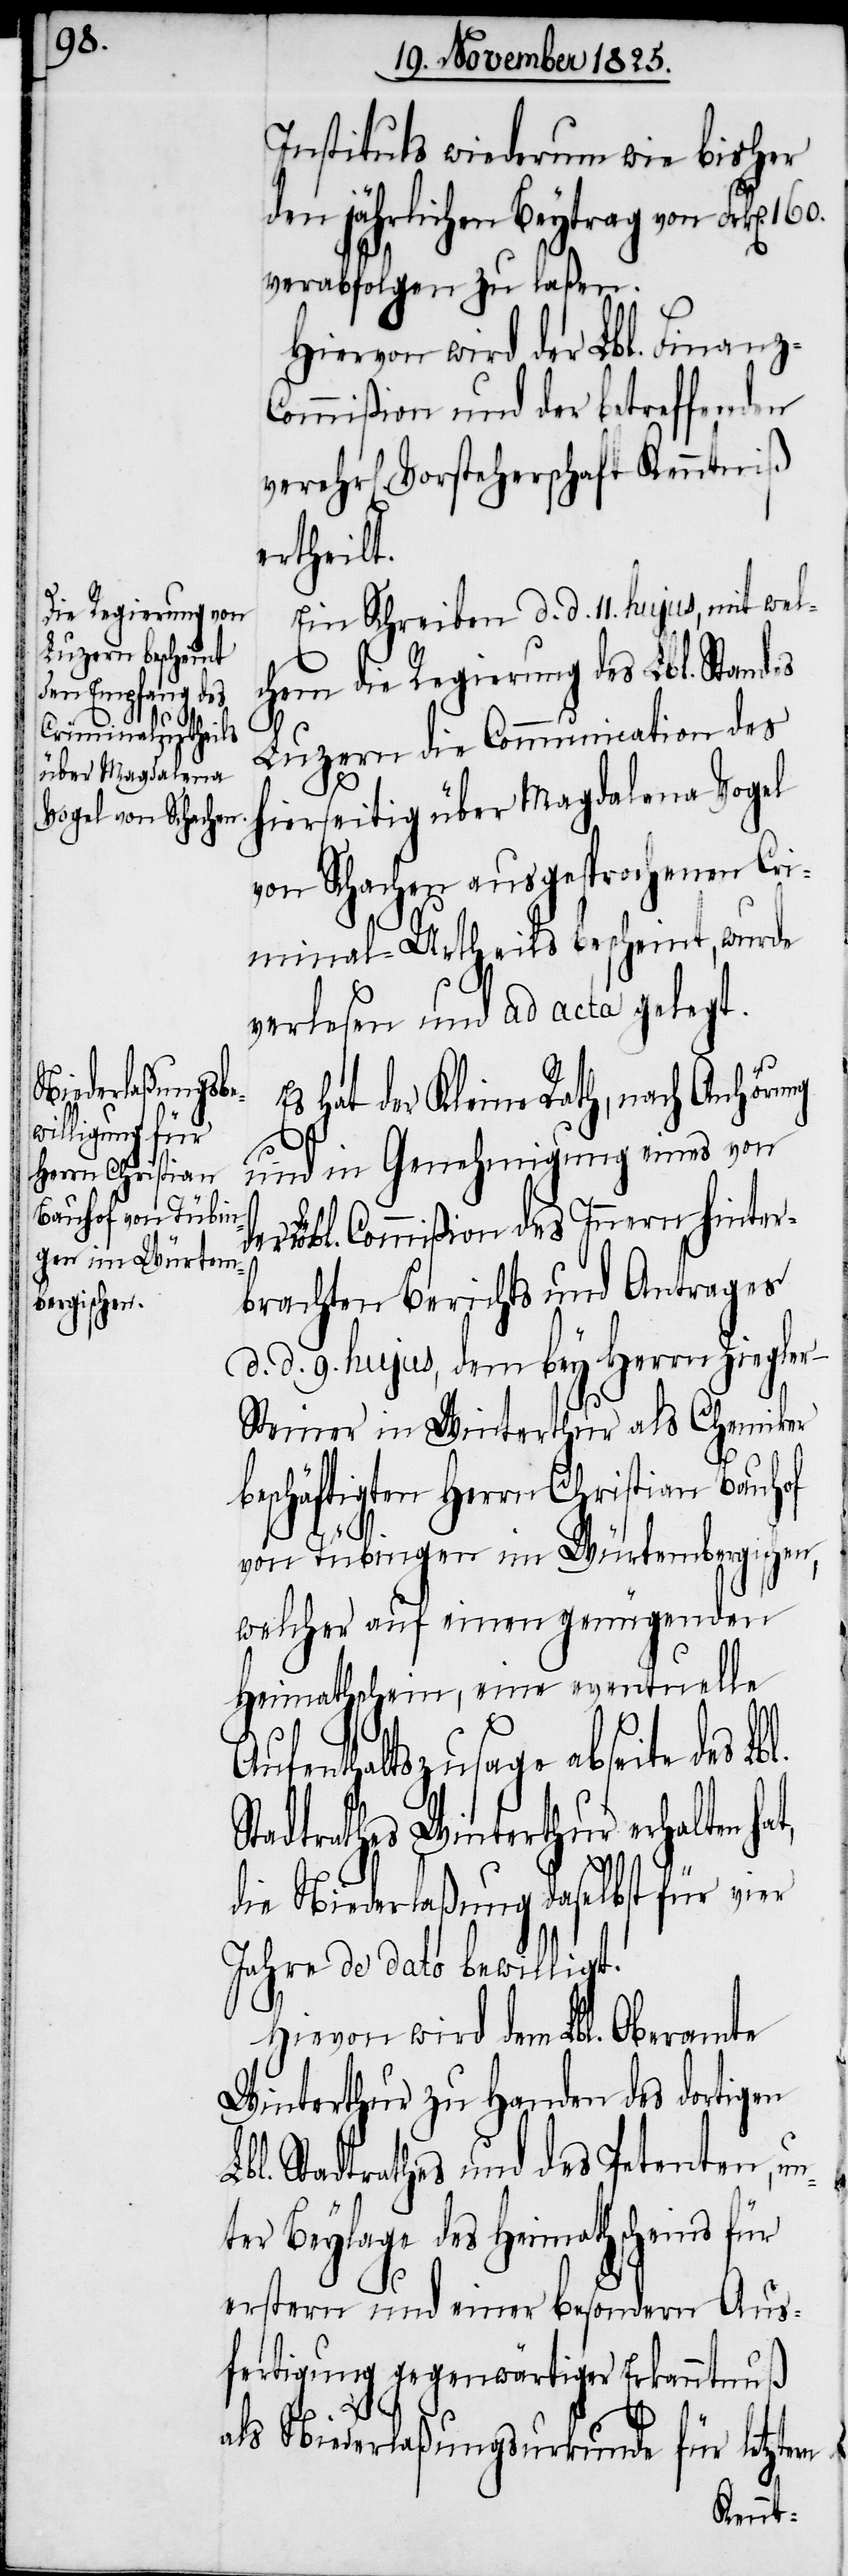
160.
Instituts wiederum wie bisher
den jährlichen Beytrag von Frk[en].
verabfolgen zu laßen.
Hievon wird der Lbl. Finanz-C¬
ommißion und der betreffenden
r[lichen] Vorsteherschaft Kenntniß
ertheilt.
Ein Schreiben d. d. 11. hujus, mit welc¬
hem die Regierung des Lbl. Standes
Luzern die Communication des
hierseitig über Magdalena Vogel
von Schachen ausgesprochenen Cri¬
minal-Urtheils bescheint, wurde
verlesen und ad acta gelegt.
hat der Kleine Rath, nach Anhörung
d¬
und in Genehmigung eines von
er Lbl. Commißion des Innern hinter¬
brachten Berichts und Antrages
d. d. 9. hujus, dem bey Herrn Ziegle¬
r-Steiner in Winterthur als Chemiker
beschäftigten Herrn Christian Bauhof
von Tübingen im Würtembergischen,
welcher auf einen genügenden
Heimathschein, eine eventuelle
Aufenthaltszusage abseite des
Stadtrathes Winterthur erhalten
die Niederlaßung daselbst für vier
Jahre de dato bewilligt.
Hievon wird dem Lbl. Oberamte
Winterthur zu Handen des dortigen
Lbl. Stadtrathes und des Petenten, un¬
ter Beylage des Heimathscheins für
erstern und einer besondern Aus¬
fertigung gegenwärtiger Erkanntnuß
als Niederlaßungsurkunde für letztern